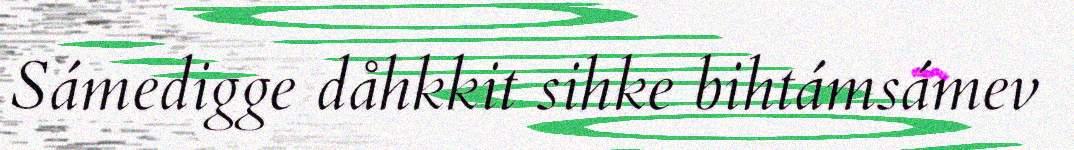
Sámedigge dåhkkit sihke bihtámsámev